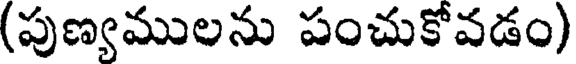
(పుణ్యములను పంచుకోవడం)